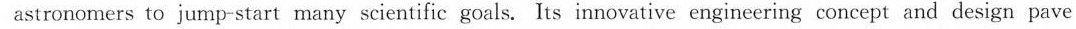
astronomers to jump-start many scientific goals. Its innovative engineering concept and design pave